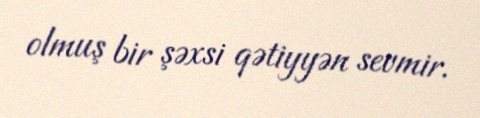
olmuş bir şəxsi qətiyyən sevmir.